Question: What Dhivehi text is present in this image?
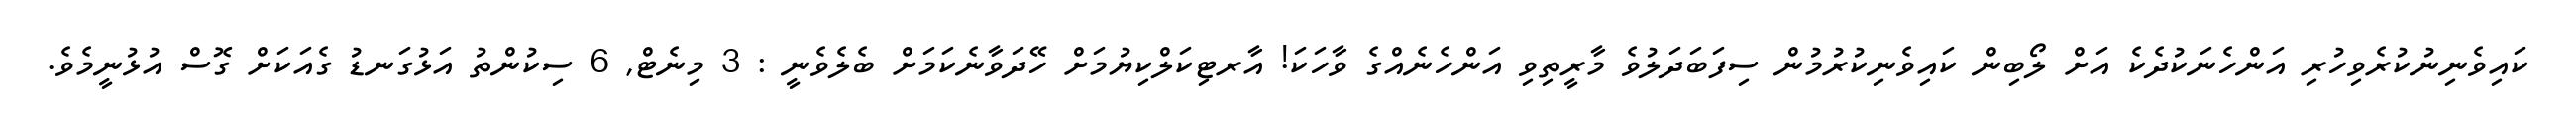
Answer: ކައިވެނިނުކުރެވިހުރި އަންހެނަކުދެކެ އަށް ލޯބިން ކައިވެނިކުރުމުން ސިފަބަދަލުވެ މާރީތިވި އަންހެނެއްގެ ވާހަކަ! އާރޓިކަލްކިޔުމަށް ހޭދަވާނެކަމަށް ބެލެވެނީ : 3 މިނެޓް, 6 ސިކުންތު އަޅުގަނޑު ގެއަކަށް ގޮސް އުޅުނީމެވެ.